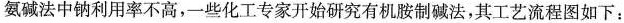
氨碱法中钠利用率不高，一些化工专家开始研究有机胺制碱法，其工艺流程图如下：